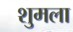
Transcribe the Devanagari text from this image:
शुमला